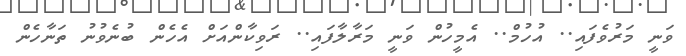
ވަނީ މަރުވެފައި.. އުހުމް.. އެމީހުން ވަނީ މަރާލާފައި.. ރަވިކާންއަށް އެހެން ބުނެވުނު ތަނާހެން